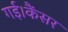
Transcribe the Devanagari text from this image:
गई।कैंसर